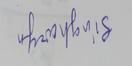
Signature authenticity: forged